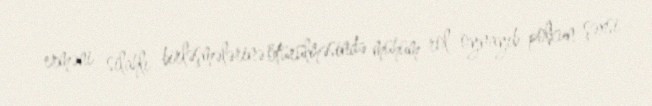
erməni silahlı birləşmələrinə ötürülməsində mühüm rol oynayıb, polkun şəxsi